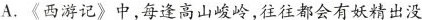
A.《西游记》中，每逢高山峻岭，往往都会有妖精出没